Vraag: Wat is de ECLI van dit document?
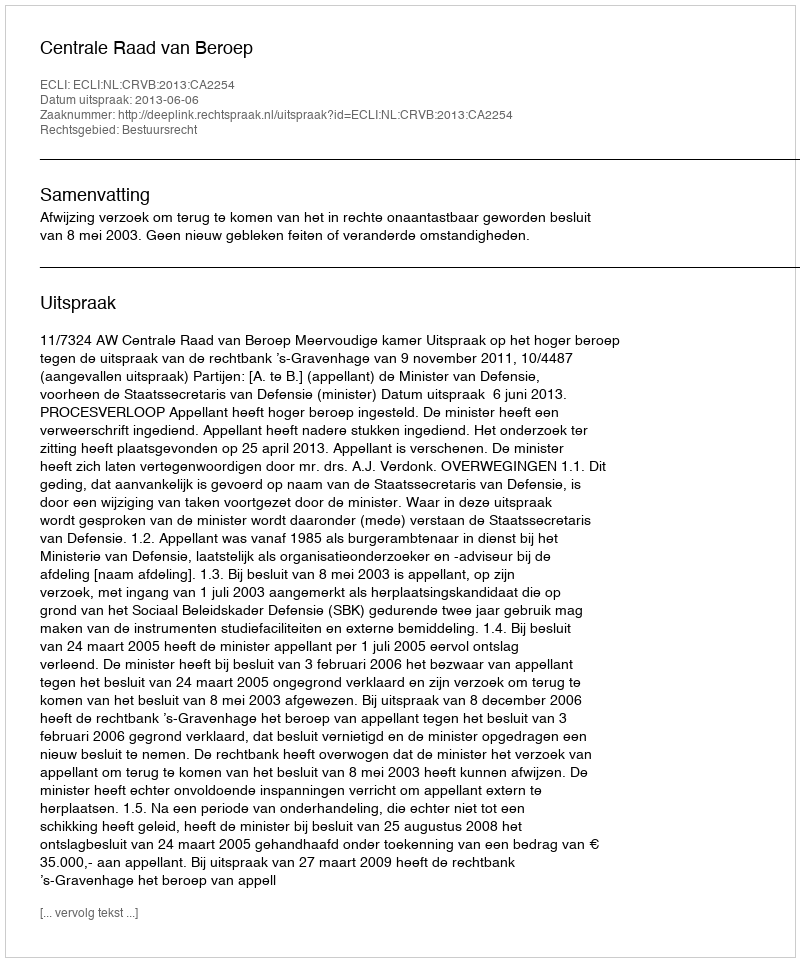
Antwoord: ECLI:NL:CRVB:2013:CA2254